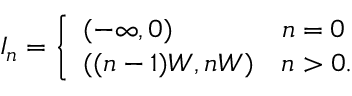
I _ { n } = \left\{ \begin{array} { l l } { ( - \infty , 0 ) } & { n = 0 } \\ { ( ( n - 1 ) W , n W ) } & { n > 0 . } \end{array} \right.